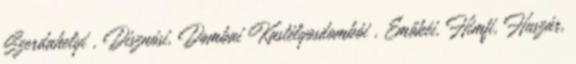
Szerdahelyi , Disznósi, Dombai Kastélyosdombói , Emőkéi, Himfi, Huszár,